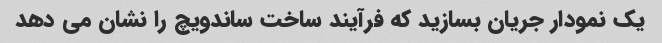
یک نمودار جریان بسازید که فرآیند ساخت ساندویچ را نشان می دهد